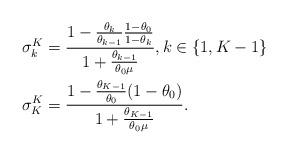
LaTeX: \begin{align*}\sigma^K_k &= \frac{1 - \frac{\theta_k}{\theta_{k-1}}\frac{1-\theta_0}{1-\theta_k}}{1 + \frac{\theta_{k-1}}{\theta_0 \mu}}, k \in \{1, K-1\} \\\sigma^K_K &= \frac{1 - \frac{\theta_{K-1}}{\theta_0}(1-\theta_0)}{1 + \frac{\theta_{K-1}}{\theta_0\mu}}.\end{align*}